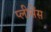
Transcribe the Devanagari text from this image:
प्लीसेंस